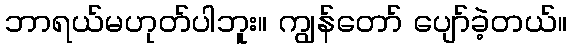
ဘာရယ်မဟုတ်ပါဘူး။ ကျွန်တော် ပျော်ခဲ့တယ်။